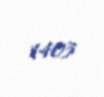
1403